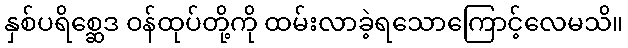
နှစ်ပရိစ္ဆေဒ ဝန်ထုပ်တို့ကို ထမ်းလာခဲ့ရသောကြောင့်လေမသိ။